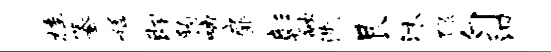
桂纂艋即豹啼扉彰融洗艮沐禄匀汩